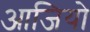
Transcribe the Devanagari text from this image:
आजियो